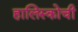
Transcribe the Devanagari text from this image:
हालिस्कोची